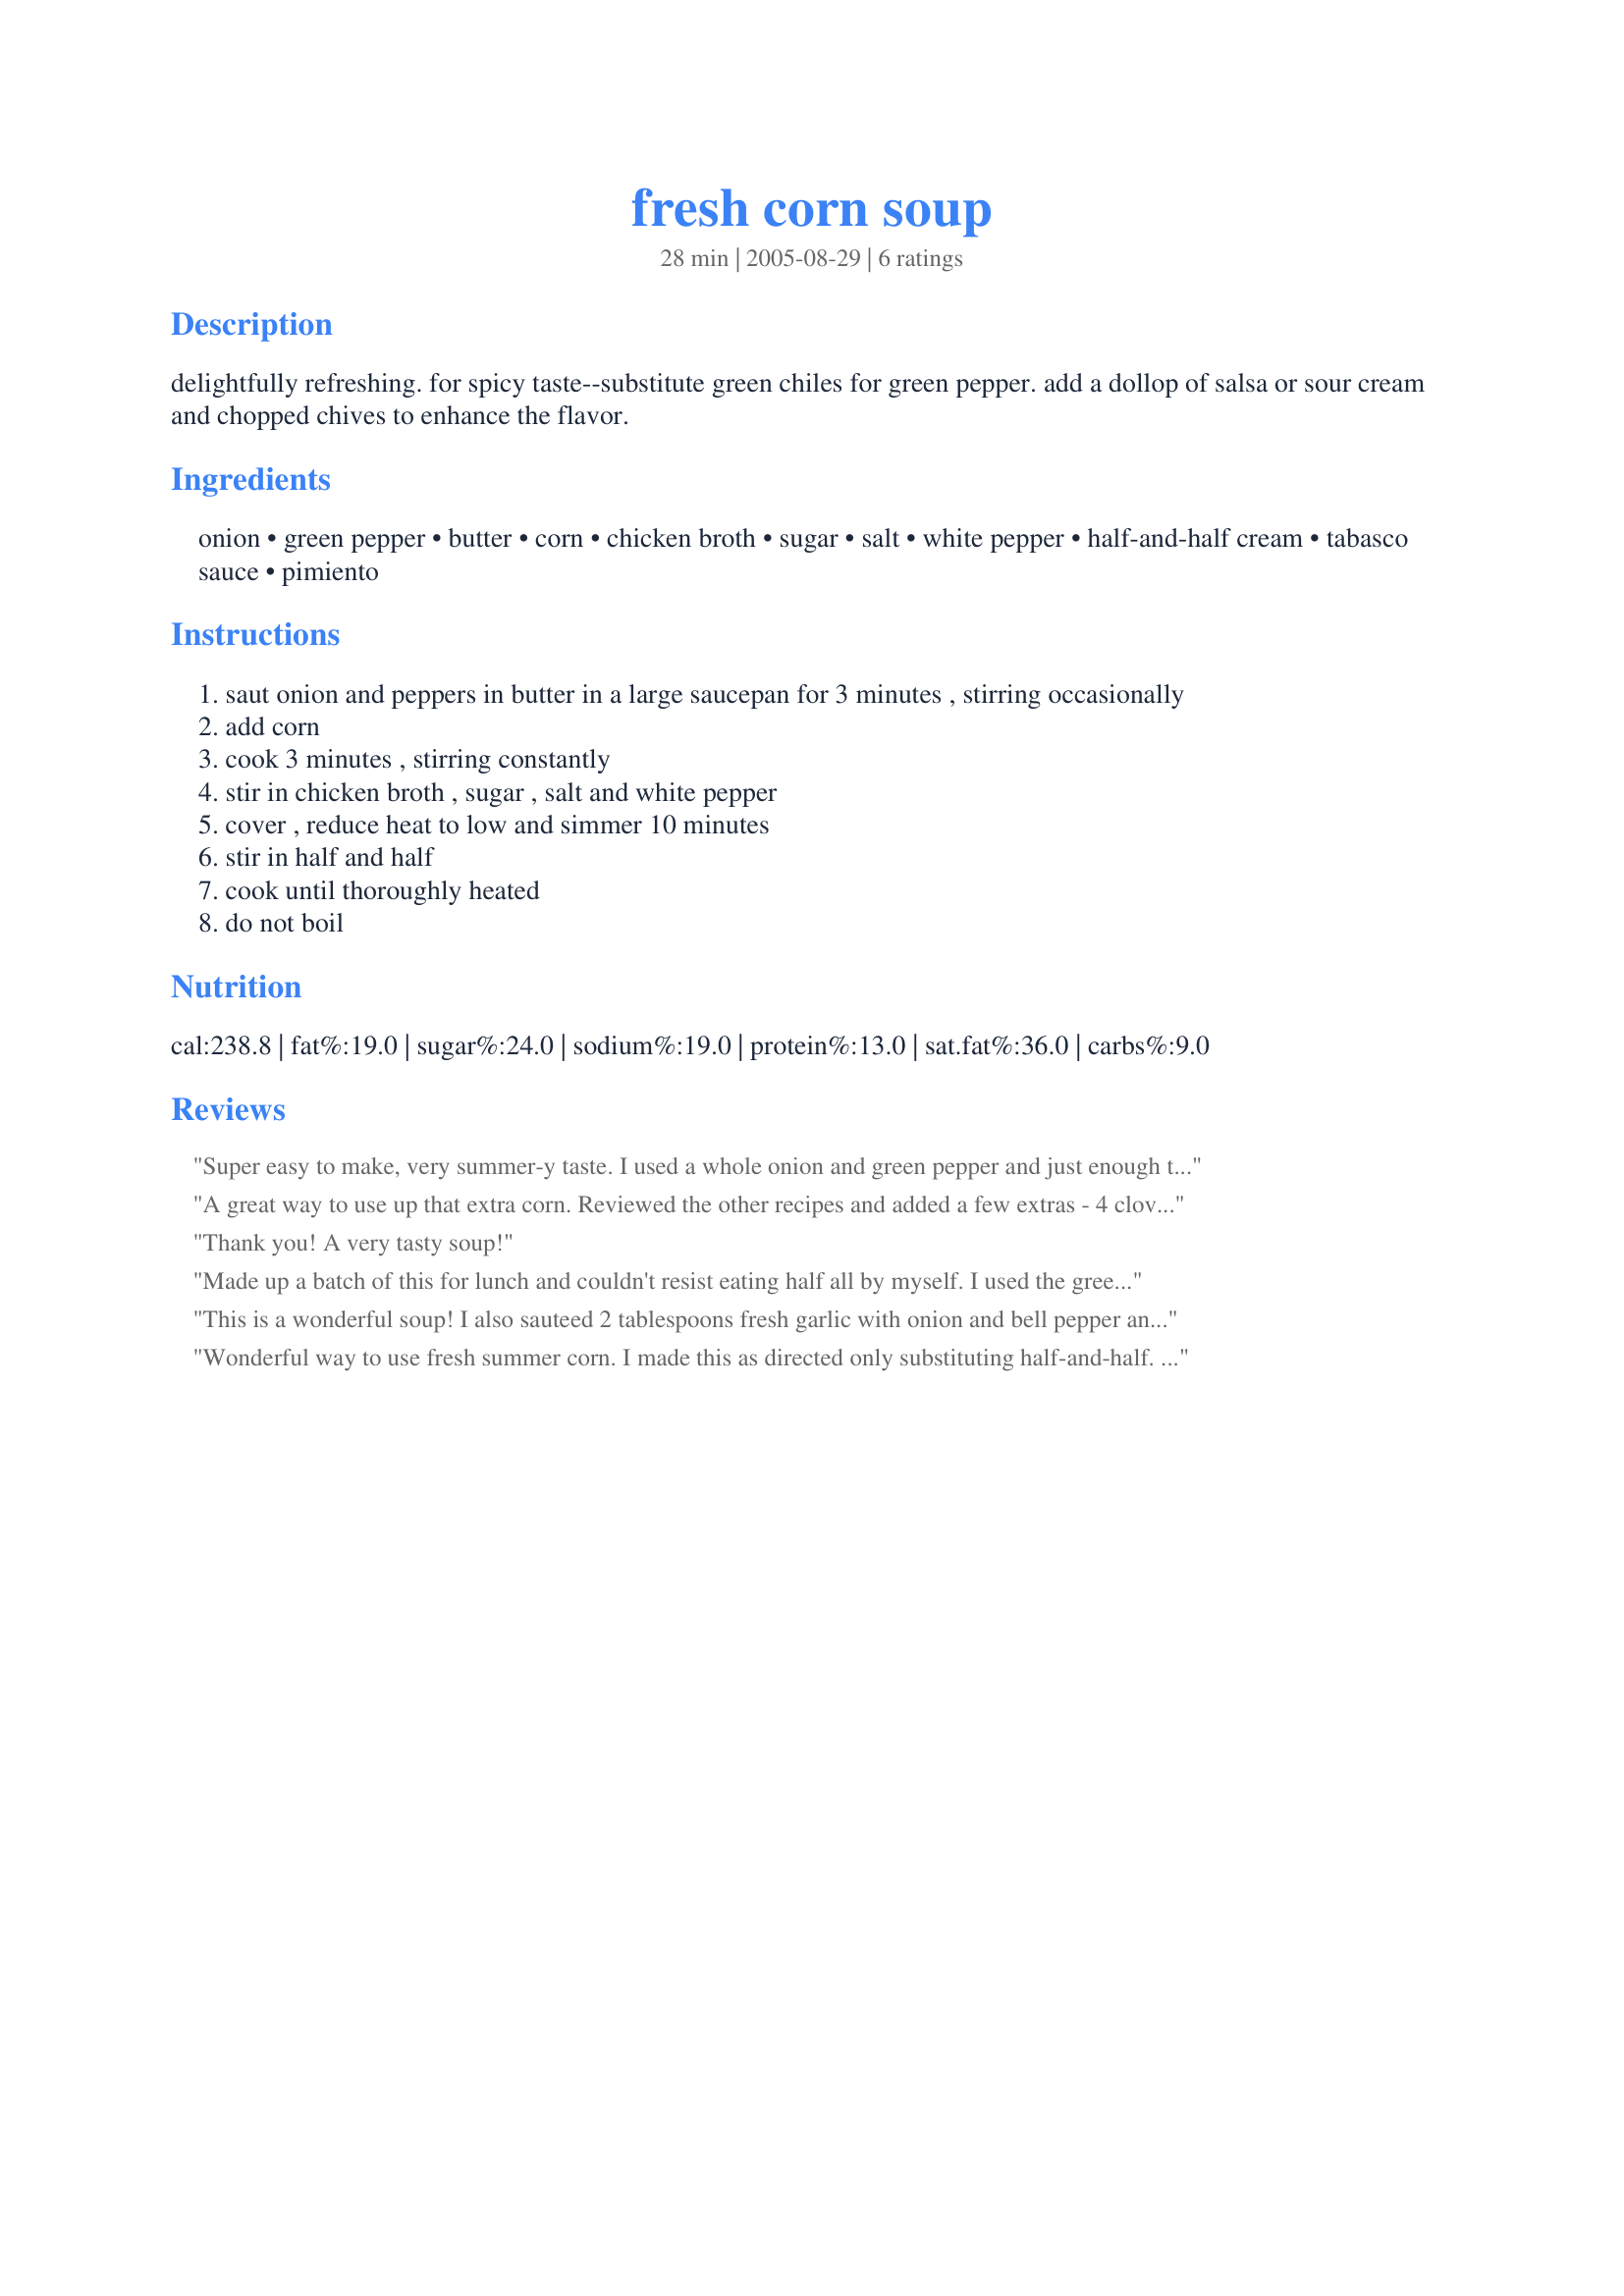
fresh corn soup
Preparation time: 28 minutes

delightfully refreshing. for spicy taste--substitute green chiles for green pepper. add a dollop of salsa or sour cream and chopped chives to enhance the flavor.

Ingredients:
onion, green pepper, butter, corn, chicken broth, sugar, salt, white pepper, half-and-half cream, tabasco sauce, pimiento

Steps:
saut onion and peppers in butter in a large saucepan for 3 minutes , stirring occasionally
add corn
cook 3 minutes , stirring constantly
stir in chicken broth , sugar , salt and white pepper
cover , reduce heat to low and simmer 10 minutes
stir in half and half
cook until thoroughly heated
do not boil

Reviews:
Super easy to make, very summer-y taste. I used a whole onion and green pepper and just enough tasbasco to give it a little "zing." I was somewhat suprised to find that my 14 month old daughter loved it even though it was just slightly spicy.
A great way to use up that extra corn. Reviewed the other recipes and added a few extras - 4 cloves of garlic, a rib of celery, a piece of broccoli, and I substitutes much of the half and half with regular skim milk, a little cream cheese, and some heavy cream. I also ran it through the bleneder and then the food mill to get rid of my old corn hunks and make it creamy smooth. I think it turned out great. Jim in So. California.
Thank you! A very tasty soup!
Made up a batch of this for lunch and couldn't resist eating half all by myself. I used the green pepper, because I had a left-over part of a peppper to use up, but added a bit of hot pepper sauce to try to mimic the effect of using green chilies. A great, quick, easy lunch or supper, bursting with flavor.
This is a wonderful soup! I also sauteed 2 tablespoons fresh garlic with onion and bell pepper and also added in 2 jalapeno pepers, I did add in the pimientos which was a great addition to this soup, Caroline thank you sharing, we really enjoyed this!...Kitten:)
Wonderful way to use fresh summer corn. I made this as directed only substituting half-and-half. I also pureed about 1/3 of the soup in a blender and then added it back into the soup along with the remaining ingredients before the final heating. This gave the soup a creamy base along with the texture of the corn... Absolutely delicious!
